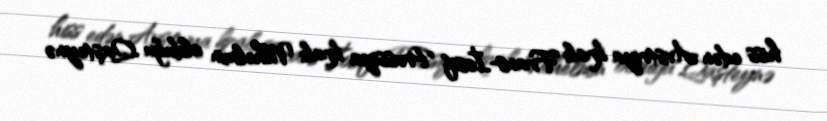
hiss edən Avstriya kralı Frans-İosif Prussiya kralı Vilhelmin olduğu Qaşteynə